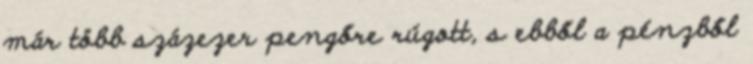
már több százezer pengőre rúgott, s ebből a pénzből